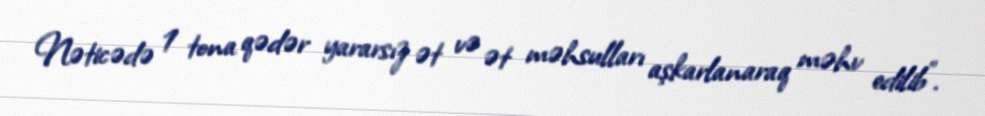
Nəticədə 1 tona qədər yararsız ət və ət məhsulları aşkarlanaraq məhv edilib”.